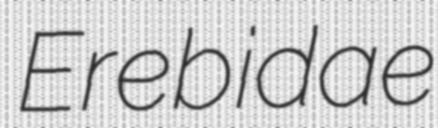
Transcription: Erebidae